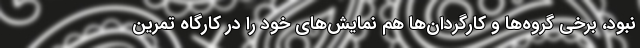
نبود، برخی گروه‌ها و کارگردان‌ها هم نمایش‌های خود را در کارگاه تمرین